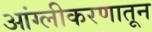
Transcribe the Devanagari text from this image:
आंग्लीकरणातून